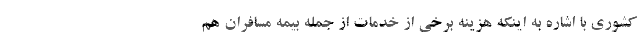
کشوری با اشاره به اینکه هزینه برخی از خدمات از جمله بیمه مسافران هم